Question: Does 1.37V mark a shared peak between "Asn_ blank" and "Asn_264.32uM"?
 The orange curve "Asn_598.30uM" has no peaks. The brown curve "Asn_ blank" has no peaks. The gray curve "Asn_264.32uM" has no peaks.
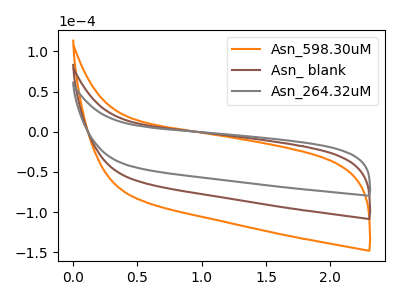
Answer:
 <answer>No, "Asn_ blank" and "Asn_264.32uM" dont share a peak at 1.37V.</answer>
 <eval>mismatch</eval>